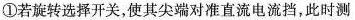
①若旋转选择开关，使其尖端对准直流电流挡，此时测